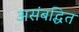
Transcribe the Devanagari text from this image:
असंबद्धित